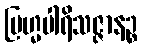
ဗြဟ္မပါရိသဇ္ဇာနဉ္စ